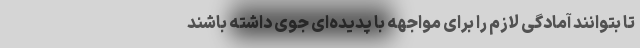
تا بتوانند آمادگی لازم را برای مواجهه با پدیده‌ای جوی داشته باشند